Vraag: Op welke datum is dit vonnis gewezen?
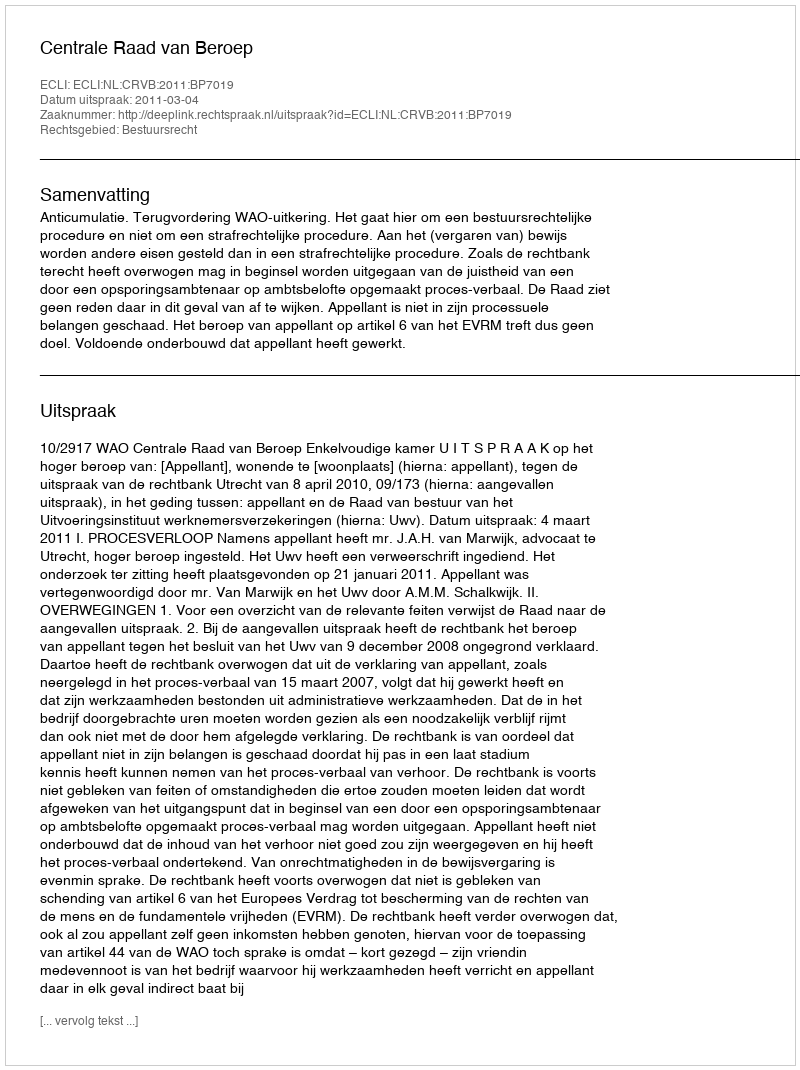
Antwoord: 2011-03-04